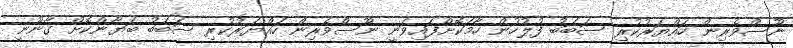
ނޫސްވެރިން ހައްޔަރުކުރި ސަބަބު ފުލުހުން ހާމަކޮށްފައިވަނީ ނޫސްވެރިން ހައްޔަރުކުރި ސަބަބު ބަޔާންކޮށް ގާނޫނީ